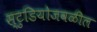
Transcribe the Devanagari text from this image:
स्टुडियोजवळील